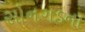
સોનગડના